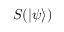
S ( | \psi \rangle )